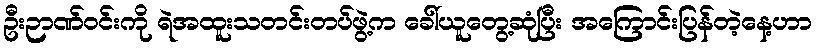
ဦးဉာဏ်ဝင်းကို ရဲအထူးသတင်းတပ်ဖွဲ့က ခေါ်ယူတွေ့ဆုံပြီး အကြောင်းပြန်တဲ့နေ့ဟာ